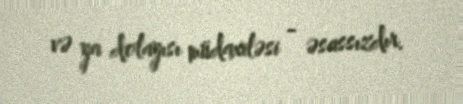
və ya dolayısı müdaxiləsi - əsassızdır.